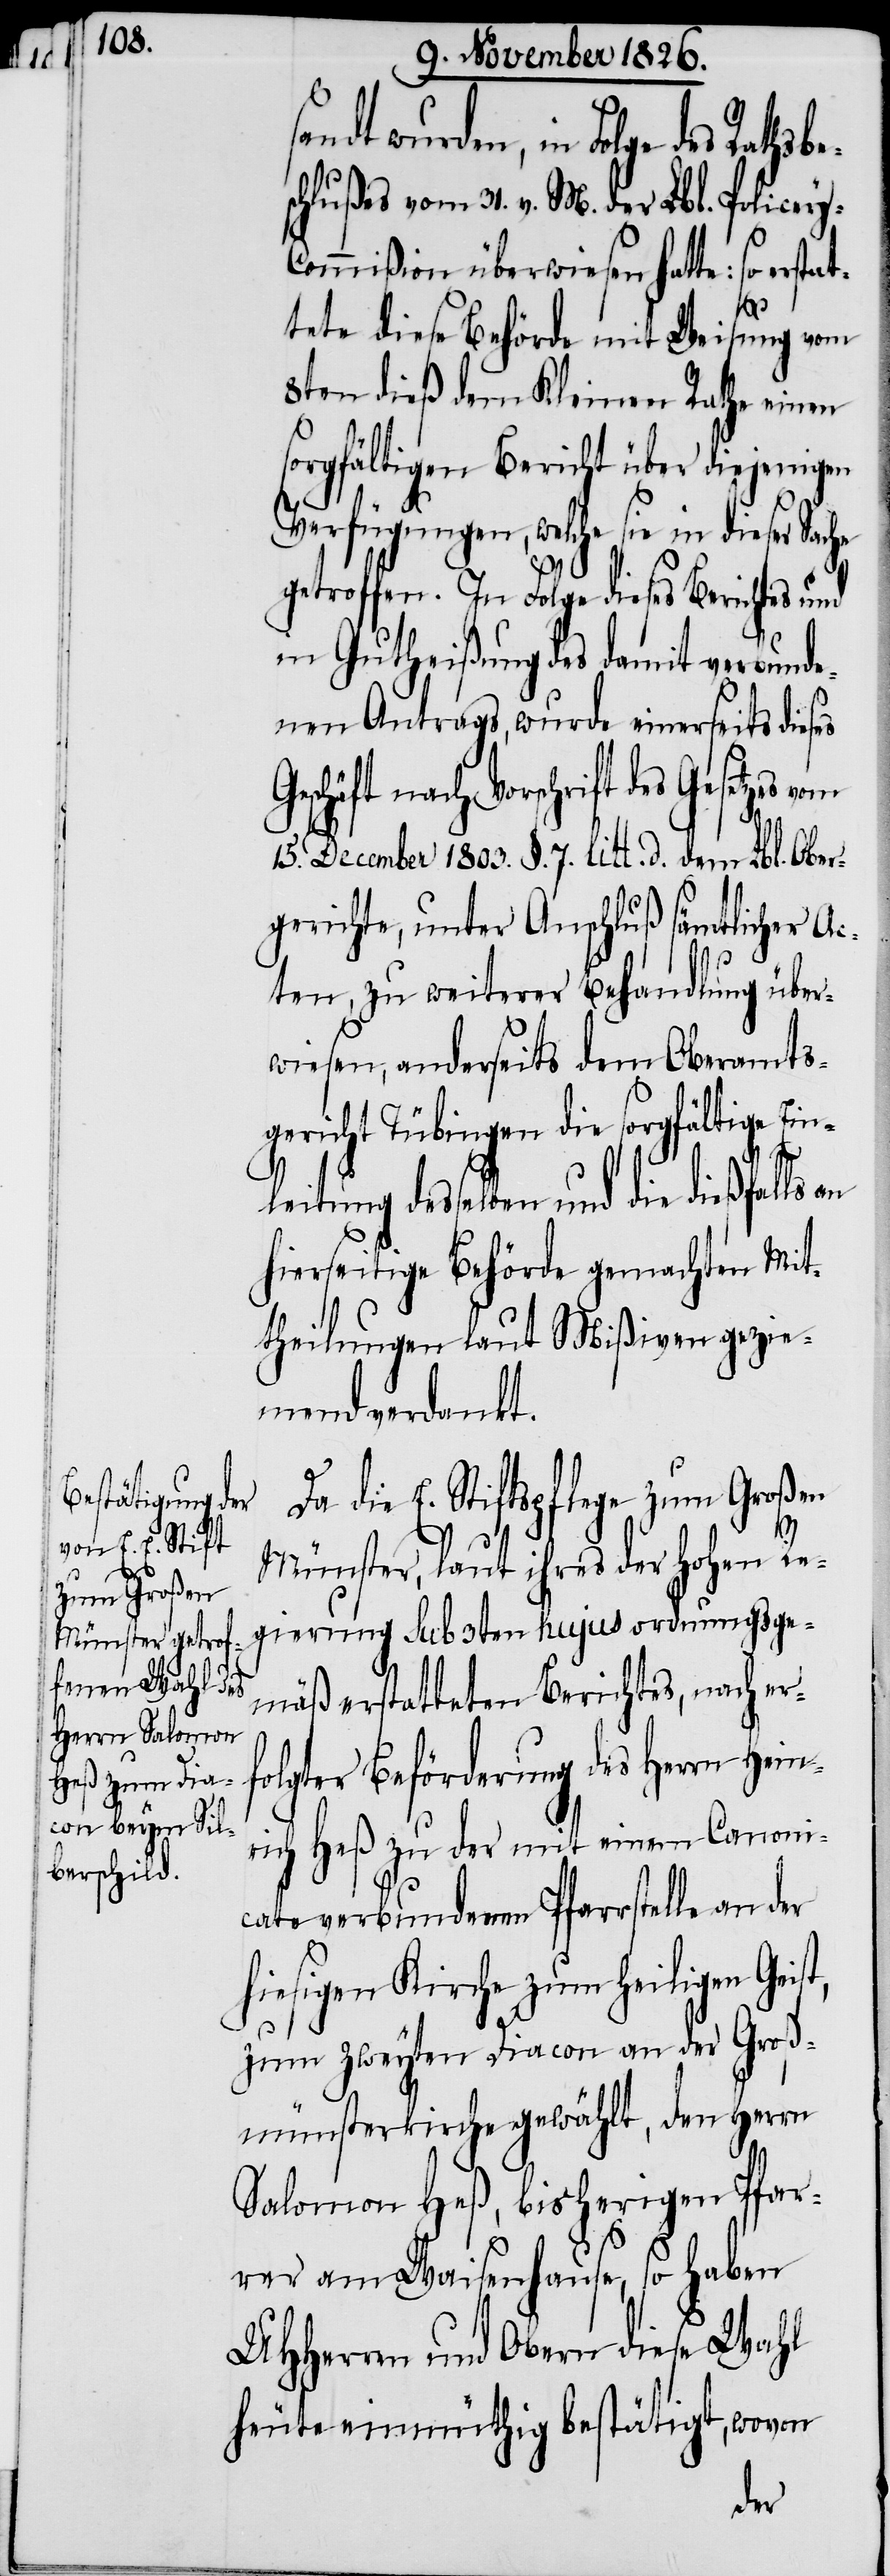
t,

wurden, in Folge des Rathsbe¬
schlußes vom 31. v. M. der Lbl. Police¬
ommißion überwiesen hatte: so erst¬
tete diese Behörde mit Weisung vom
8ten dieß dem Kleinen Rathe einen
sorgfältigen Bericht über diejenigen
Verfügungen, welche sie in dieser Sache
getroffen. In Folge dieses Berichtes und
in Gutheißung des damit verbunde¬
nen Antrags, wurde einerseits dieses
nach Vorschrift des Gesetzes
15. December 1803. §. 7. litt. d. dem Lbl. Ober¬
gerichte, unter Anschluß sämtlicher Ac¬
ten, zu weiterer Behandlung über¬
wiesen, anderseits dem Oberamts¬
gericht Tübingen die sorgfältige Ein¬
leitung desselben und die dießfalls
hierseitige Behörde gemachten Mit¬
theilungen laut Mißiven gezie¬
mend verdankt.
Da die E. Stiftspflege zum Großen
Münster, laut ihres der hohen Re¬
gierung sub 3ten hujus ordnungsge¬
mäß erstatteten Berichtes, nach er¬
folgter Beförderung des Herrn Hein¬
rich Heß zu der mit einem Canoni¬
cate verbundenen Pfarrstelle an der
hiesigen Kirche zum Heiligen Geis¬
zum zweyten Diacon an der Groß¬
münsterkirche gewählt, den Herrn
Salomon Heß, bisherigen Pfar¬
rer am Waisenhause, so haben
UHHerren und Obern diese Wahl
heute einmüthig bestätigt, wovon